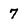
Character: 7